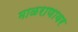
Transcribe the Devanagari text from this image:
माळराणावर